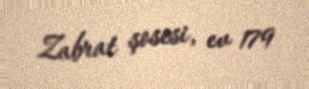
Zabrat şosesi, ev 179